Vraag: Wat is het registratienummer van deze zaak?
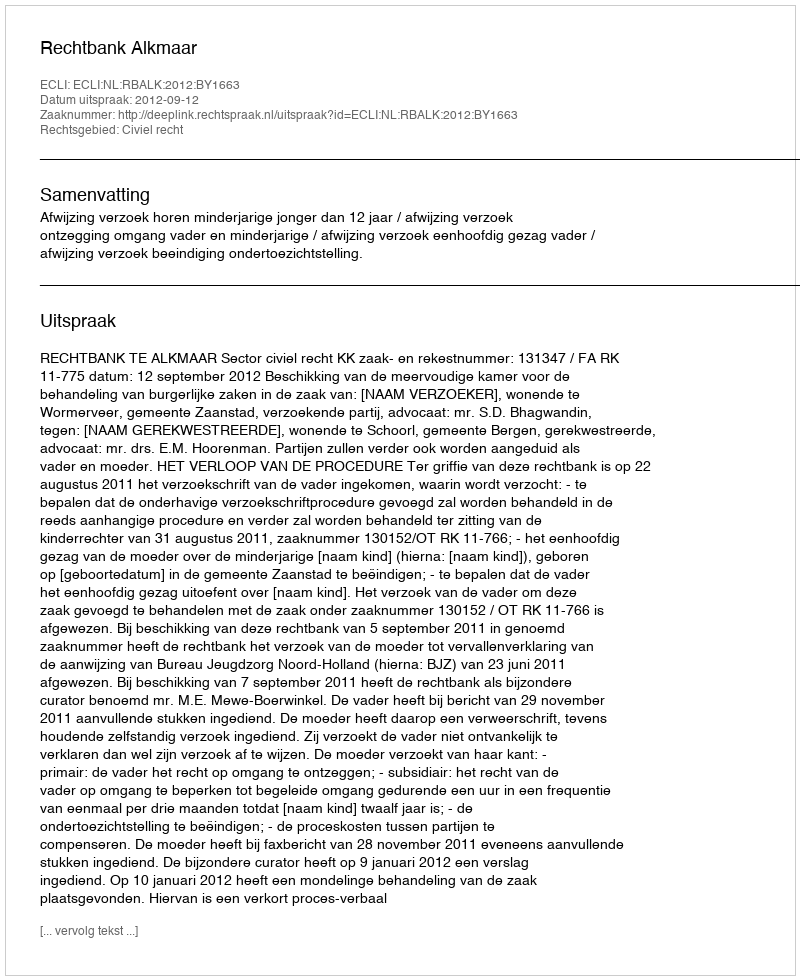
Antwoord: http://deeplink.rechtspraak.nl/uitspraak?id=ECLI:NL:RBALK:2012:BY1663